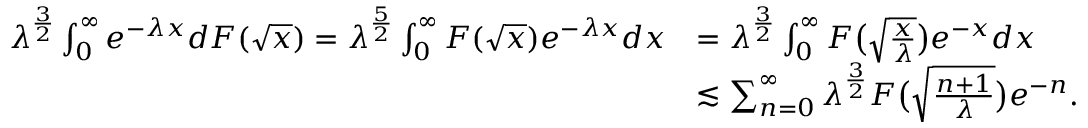
\begin{array} { r l } { \lambda ^ { \frac { 3 } { 2 } } \int _ { 0 } ^ { \infty } e ^ { - \lambda x } d F ( \sqrt { x } ) = \lambda ^ { \frac { 5 } { 2 } } \int _ { 0 } ^ { \infty } F ( \sqrt { x } ) e ^ { - \lambda x } d x } & { = \lambda ^ { \frac { 3 } { 2 } } \int _ { 0 } ^ { \infty } F \bigl ( \sqrt { \frac { x } { \lambda } } \bigr ) e ^ { - x } d x } \\ & { \lesssim \sum _ { n = 0 } ^ { \infty } \lambda ^ { \frac { 3 } { 2 } } F \bigl ( \sqrt { \frac { n + 1 } { \lambda } } \bigr ) e ^ { - n } . } \end{array}